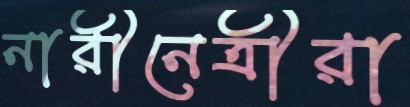
নারীনেত্রীরা